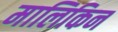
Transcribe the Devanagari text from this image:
मालिकिन